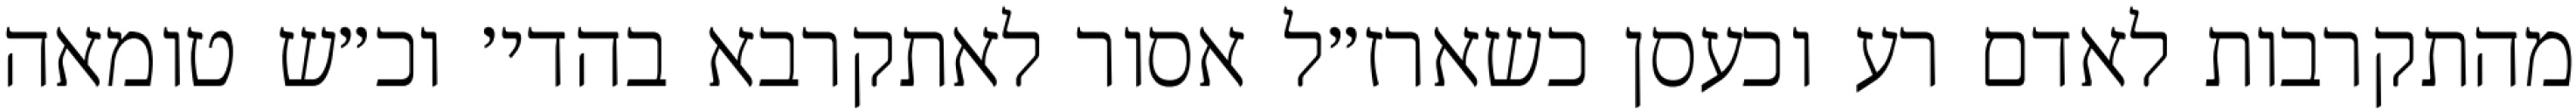
מהתקרבות לאדם רע וכעסן כשארז״ל אסור לאתקרבא בהדי׳ וכ״ש טומאה